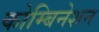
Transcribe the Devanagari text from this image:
कोम्बिनेशन